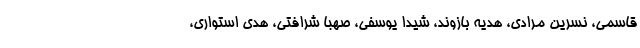
قاسمی، نسرین مرادی، هدیه بازوند، شیدا یوسفی، صهبا شرافتی، هدی استواری،